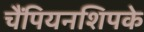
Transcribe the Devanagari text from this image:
चैंपियनशिपके